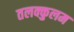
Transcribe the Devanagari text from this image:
तलक्कुलम